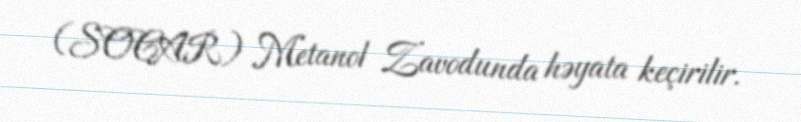
(SOCAR) Metanol Zavodunda həyata keçirilir.